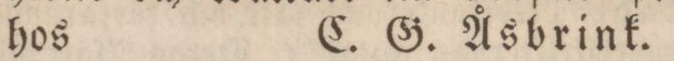
hos    C. G. Åsbrink.